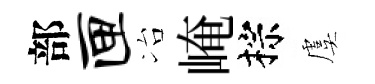
部匣冶崦棕虞